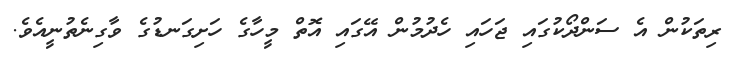
ރިތަކުން އެ ސަންދޯކުގައި ޖަހައި ހެދުމުން އޭގައި އޮތް މީހާގެ ހަށިގަނޑުގެެ ވާގިނެތުނީއެވެ.